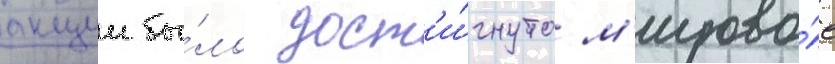
акции бы́ло дост'и́гнуто м'ирово́е